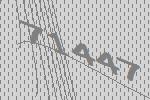
71447